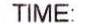
TIME: